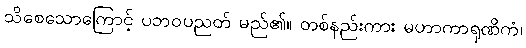
သိစေသောကြောင့် ပဘဝပညတ် မည်၏။ တစ်နည်းကား မဟာကာရုဏိကံ၊